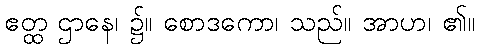
ဧတ္ထ ဌာနေ၊ ၌။ စောဒကော၊ သည်။ အာဟ၊ ၏။